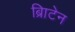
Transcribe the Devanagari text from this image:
ब्रिाटेन